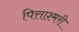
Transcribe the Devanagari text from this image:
पित्ताश्मरी